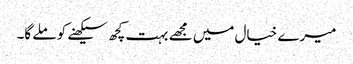
میرے خیال میں مجھے بہت کچھ سیکھنے کو ملے گا۔